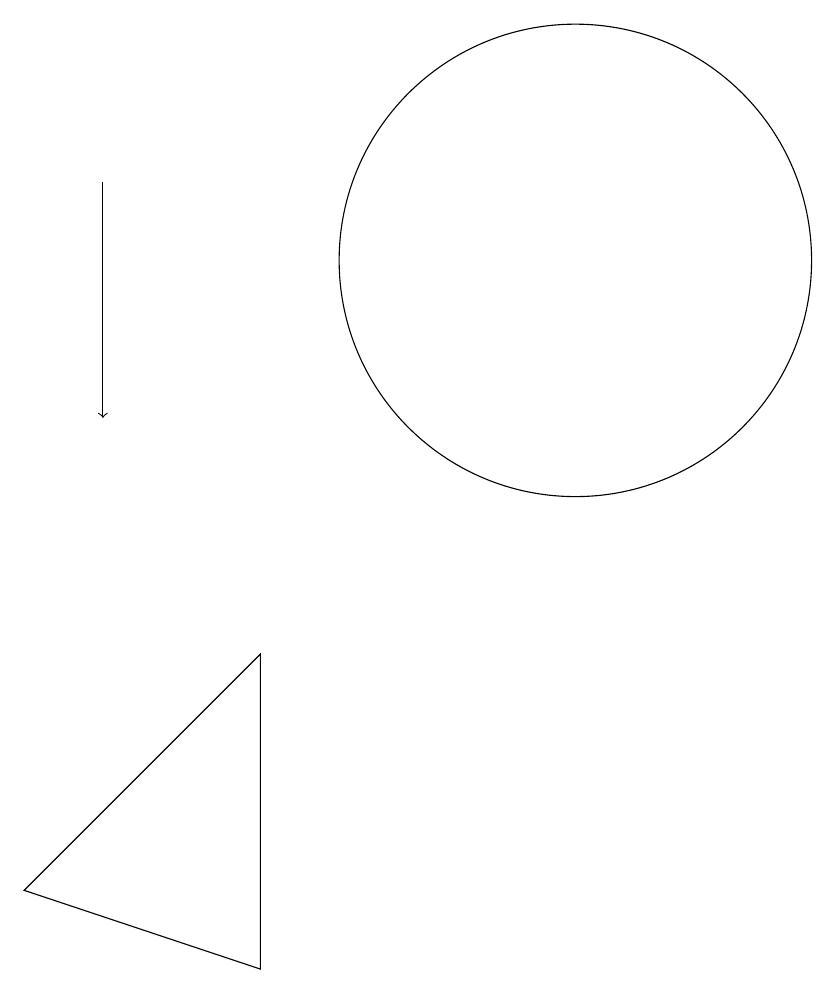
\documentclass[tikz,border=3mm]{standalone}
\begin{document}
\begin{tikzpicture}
\draw (10,12) circle (3);
\draw (6,3) -- (6,7) -- (3,4) -- cycle;
\draw[->] (4,13) -- (4,10);
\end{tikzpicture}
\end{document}